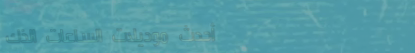
أحدث موديلات الساعات الذك